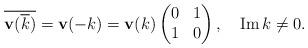
LaTeX: \begin{align*}\overline{\mathbf{v}(\overline{k})}=\mathbf{v}(-k)=\mathbf{v}(k)\begin{pmatrix}0 & 1\\1 & 0\end{pmatrix},\ \ \ \operatorname{Im}k\neq0. \end{align*}